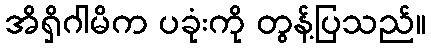
အိရှိဂါမိက ပခုံးကို တွန့်ပြသည်။